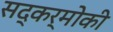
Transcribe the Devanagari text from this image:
सद्कर्मोकी